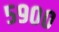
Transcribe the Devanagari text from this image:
५९००